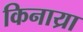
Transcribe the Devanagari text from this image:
किनाय्रा